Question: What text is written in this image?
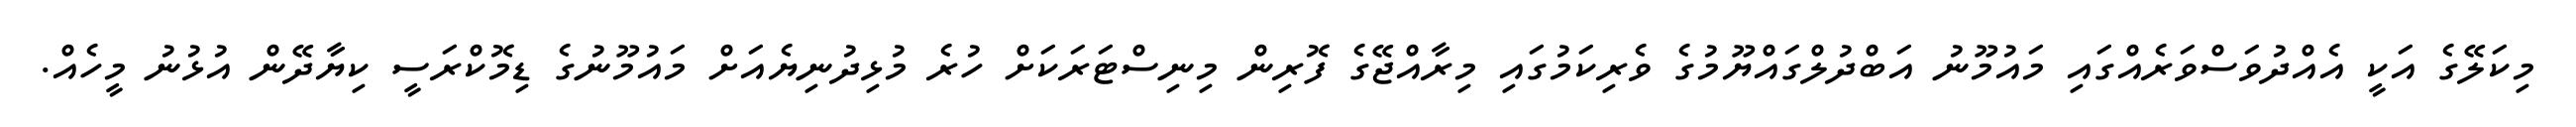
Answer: މިކަލޭގެ އަކީ އެއްދުވަސްވަރެއްގައި މައުމޫނު އަބްދުލްގައްޔޫމުގެ ވެރިކަމުގައި މިރާއްޖޭގެ ފޮރިން މިނިސްޓަރަކަށް ހުރެ މުޅިދުނިޔެއަށް މައުމޫނުގެ ޑިމޮކްރަސީ ކިޔާދޭން އުޅުނު މީހެއް.